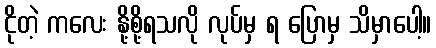
ငိုတဲ့ ကလေး နို့စို့ရသလို လုပ်မှ ရ ပြောမှ သိမှာပေါ့။